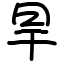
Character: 旱